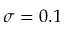
\sigma = 0 . 1